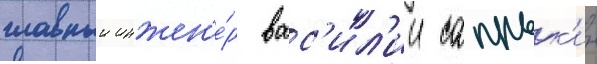
главныи инжен'е́р вас'ил'ии сапрык'ин